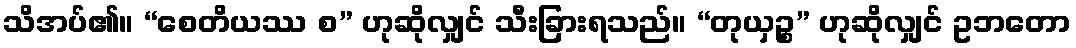
သိအပ်၏။ “စေတိယဿ စ” ဟုဆိုလျှင် သီးခြားရသည်။ “တုယှဉ္စ” ဟုဆိုလျှင် ဥဘတော